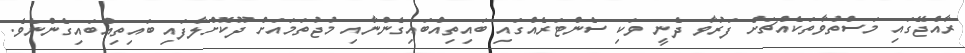
ރާއްޖޭގައި މަސްތުވާތަކެއްޗަށް ފަރުވާ ދެނީ ވަކި ސެންޓަރެއްގައި ބައިތިއްބައިގެންނާއި މުޖުތަމައަށް ދޫކޮށްލާފައި ބައިތިއްބައިގެންނެވެ.